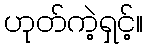
ဟုတ်ကဲ့ရှင့်။